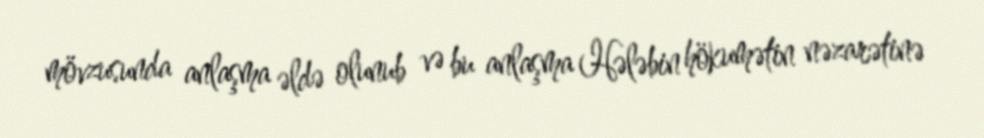
mövzusunda anlaşma əldə olunub və bu anlaşma Hələbin hökumətin nəzarətinə